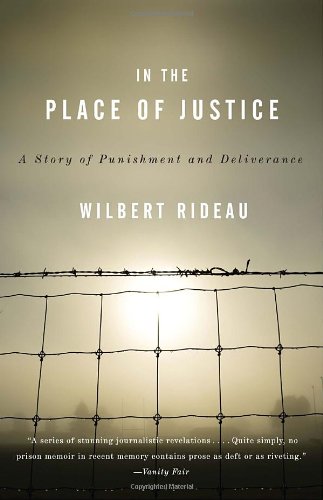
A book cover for In the Place of Justice: A Story of Punishment and Redemption; Wilbert Rideau; Biographies & Memoirs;